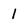
Character: 1